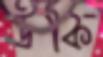
উকি